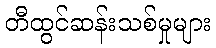
တီထွင်ဆန်းသစ်မှုများ